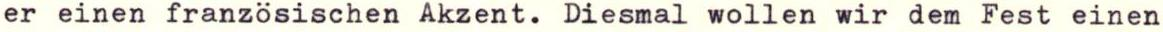
er einen französischen Akzent. Diesmal wollen wir dem Fest einen